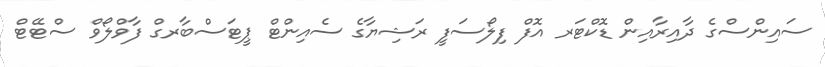
ސައިންސްގެ ދާއިރާއިން ޑޮކްޓަރ އޮފް ފިލޯސަފީ ރަޝިޔާގެ ސެއިންޓް ޕީޓަސްބާރގް ފާވްލޯވް ސްޓޭޓް